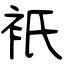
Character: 衹